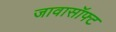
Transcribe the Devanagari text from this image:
जावासॉफ्ट